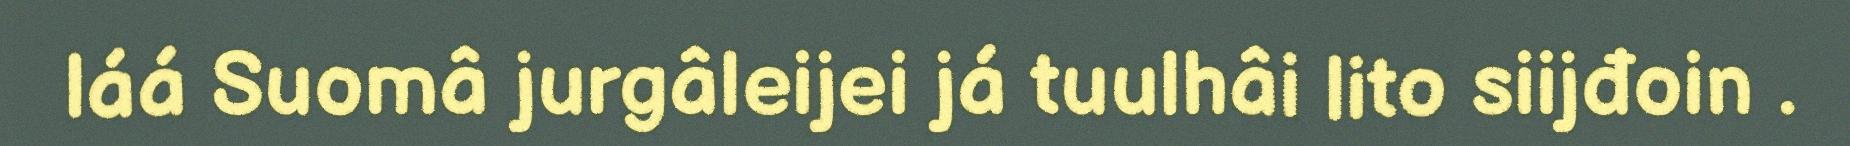
láá Suomâ jurgâleijei já tuulhâi lito siijđoin .